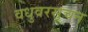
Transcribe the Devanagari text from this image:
वधुवरसूचन